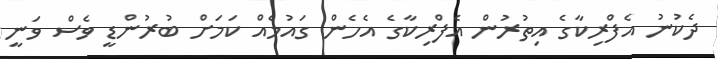
ދެކުނު އެފްރިކާގެ އިތުރުން އެފްރިކާގެ އެހެން ގައުމެއް ކަމަށް ބުރުންޑީ ވެސް ވަނީ